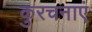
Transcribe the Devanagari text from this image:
कुरचनाएं